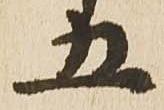
五